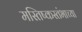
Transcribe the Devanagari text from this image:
मस्तिष्कस्तंभाच्या